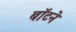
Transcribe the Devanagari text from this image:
बॉटने